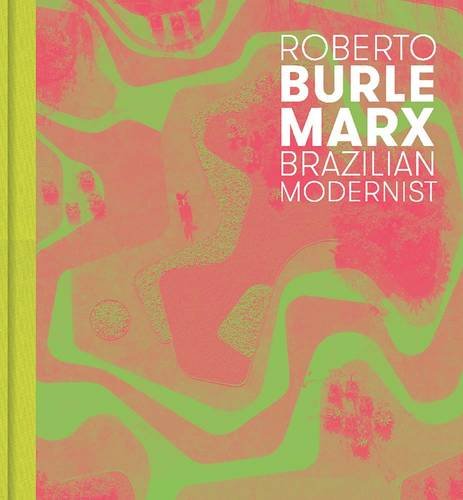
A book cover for Roberto Burle Marx: Brazilian Modernist; Jens Hoffmann; Arts & Photography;